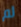
لم